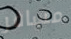
مسافر